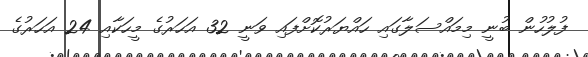
ފުލުހުން ބުނީ މިމައްސަލާގައި ހައްޔަރުކޮށްފައި ވަނީ 32 އަހަރުގެ މީހަކާއި 24 އަހަރުގެ